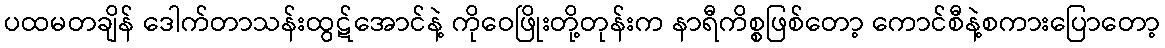
ပထမတချိန် ဒေါက်တာသန်းထွဋ်အောင်နဲ့ ကိုဝေဖြိုးတို့တုန်းက နာရီကိစ္စဖြစ်တော့ ကောင်စီနဲ့စကားပြောတော့